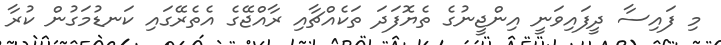
މި ފައިސާ ދީފައިވަނީ އިންޖީނުގެ ތެޔޮފަދަ ތަކެއްޗާއި ރާއްޖޭގެ އެތެރޭގައި ކަނޑުމަގުން ކުރާ